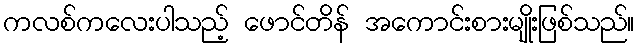
ကလစ်ကလေးပါသည့် ဖောင်တိန် အကောင်းစားမျိုးဖြစ်သည်။